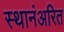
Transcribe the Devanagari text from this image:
स्थानंअरित